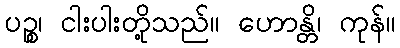
ပဉ္စ၊ ငါးပါးတို့သည်။ ဟောန္တိ၊ ကုန်။